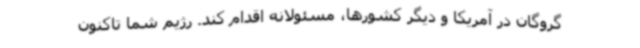
گروگان در آمریکا و دیگر کشورها، مسئولانه اقدام کند. رژیم شما تاکنون